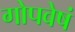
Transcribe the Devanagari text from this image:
गोपवेषं